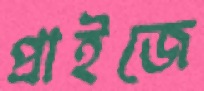
প্রাইজে